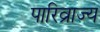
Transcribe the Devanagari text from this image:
पारिव्राज्य